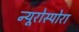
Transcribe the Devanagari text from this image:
न्यूरोस्पोरा